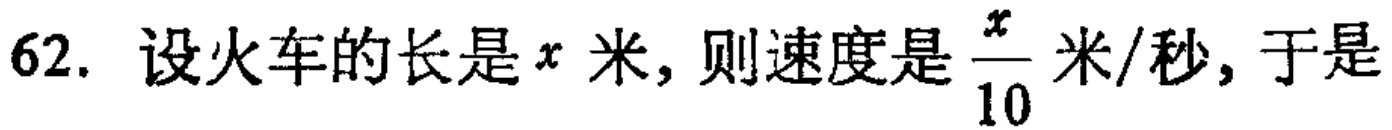
62. 设火车的长是\(x\)米, 则速度是\(\frac{x}{10}\)米/秒, 于是